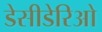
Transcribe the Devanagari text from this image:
डेसीडेरिओ